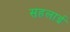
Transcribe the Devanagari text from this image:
सहलाई